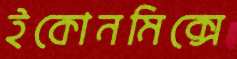
ইকোনমিক্সে